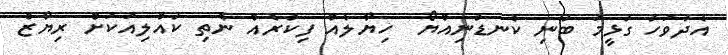
އެދުވަހު ގުޅީމަ ބުނި ކެނޑުނިއްޔޯ  ހިޔާލެއް ފިކުރެއް ނެތި ކުއްލިއަކަށް ރިޔާޒް